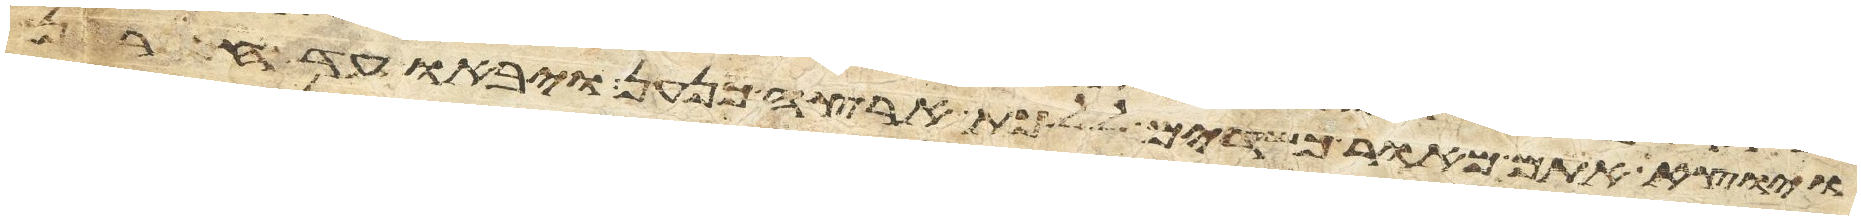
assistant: ויוצא אתם מאור כשדים ללכת ארצה כנען ויבאו עד חרן